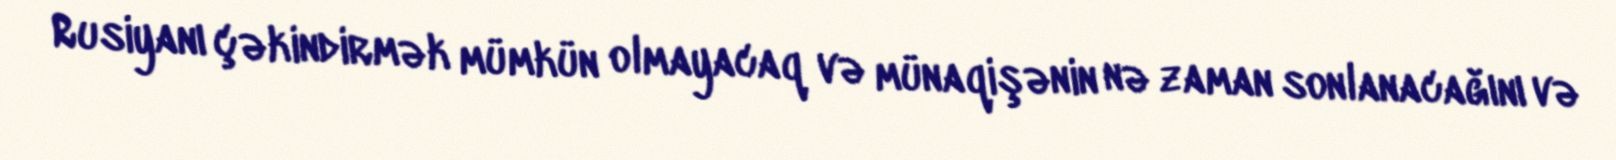
Rusiyanı çəkindirmək mümkün olmayacaq və münaqişənin nə zaman sonlanacağını və